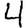
Digit: 4